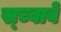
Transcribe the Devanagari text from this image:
स्च्वाबे